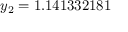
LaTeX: y _ { 2 } = 1 . 1 4 1 3 3 2 1 8 1